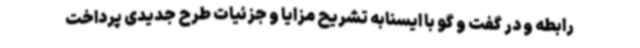
رابطه و در گفت و گو با ایسنابه تشریح مزایا و جزئیات طرح جدیدی پرداخت